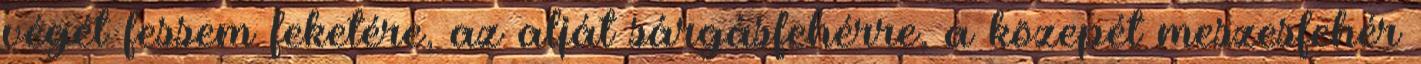
végét fessem feketére, az alját sárgásfehérre, a közepét meszesfehér